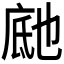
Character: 𬼰